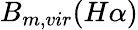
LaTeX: B_{m,vir}(H\alpha)